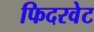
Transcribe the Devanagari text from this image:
फिदरवेट